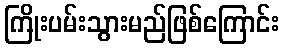
ကြိုးပမ်းသွားမည်ဖြစ်ကြောင်း